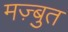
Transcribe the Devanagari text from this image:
मज़्बुत